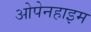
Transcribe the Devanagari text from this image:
ओपेनहाइम